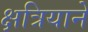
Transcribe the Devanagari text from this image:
क्षत्रियाने